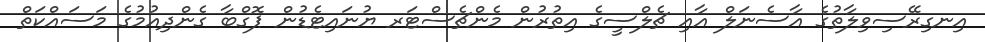
އިނގިރޭސިވިލާތުގެ އާސެނަލް އާއި ޗެލްސީގެ އިތުރުން މެންޗެސްޓަރ ޔުނައިޓެޑުން ޕޮގްބާ ގެންދިއުމުގެ މަސައްކަތް